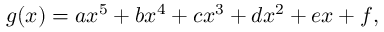
g ( x ) = a x ^ { 5 } + b x ^ { 4 } + c x ^ { 3 } + d x ^ { 2 } + e x + f ,